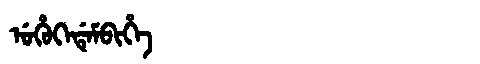
Manchu: ᡠᡥᡠᡴᡝᡩᡝᠮᠪᡳᡥᡝ
Romanization: UHUKEDEMBIHE